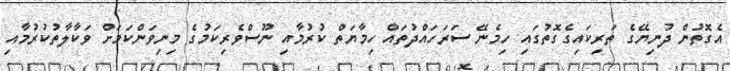
އެގޮތުން ދުނިޔޭގެ ތަރިކައިގެގޮތުގައި ހިމެނޭ ސަރަހައްދުތައް ހިމާޔަތް ކުރުމާއި ނޫސްވެރިކަމުގެ މިނިވަންކަމަށް ވަކާލާތުކުރުމާއި